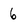
Character: 6